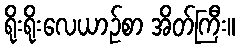
ရိုးရိုးလေယာဉ်စာ အိတ်ကြီး။